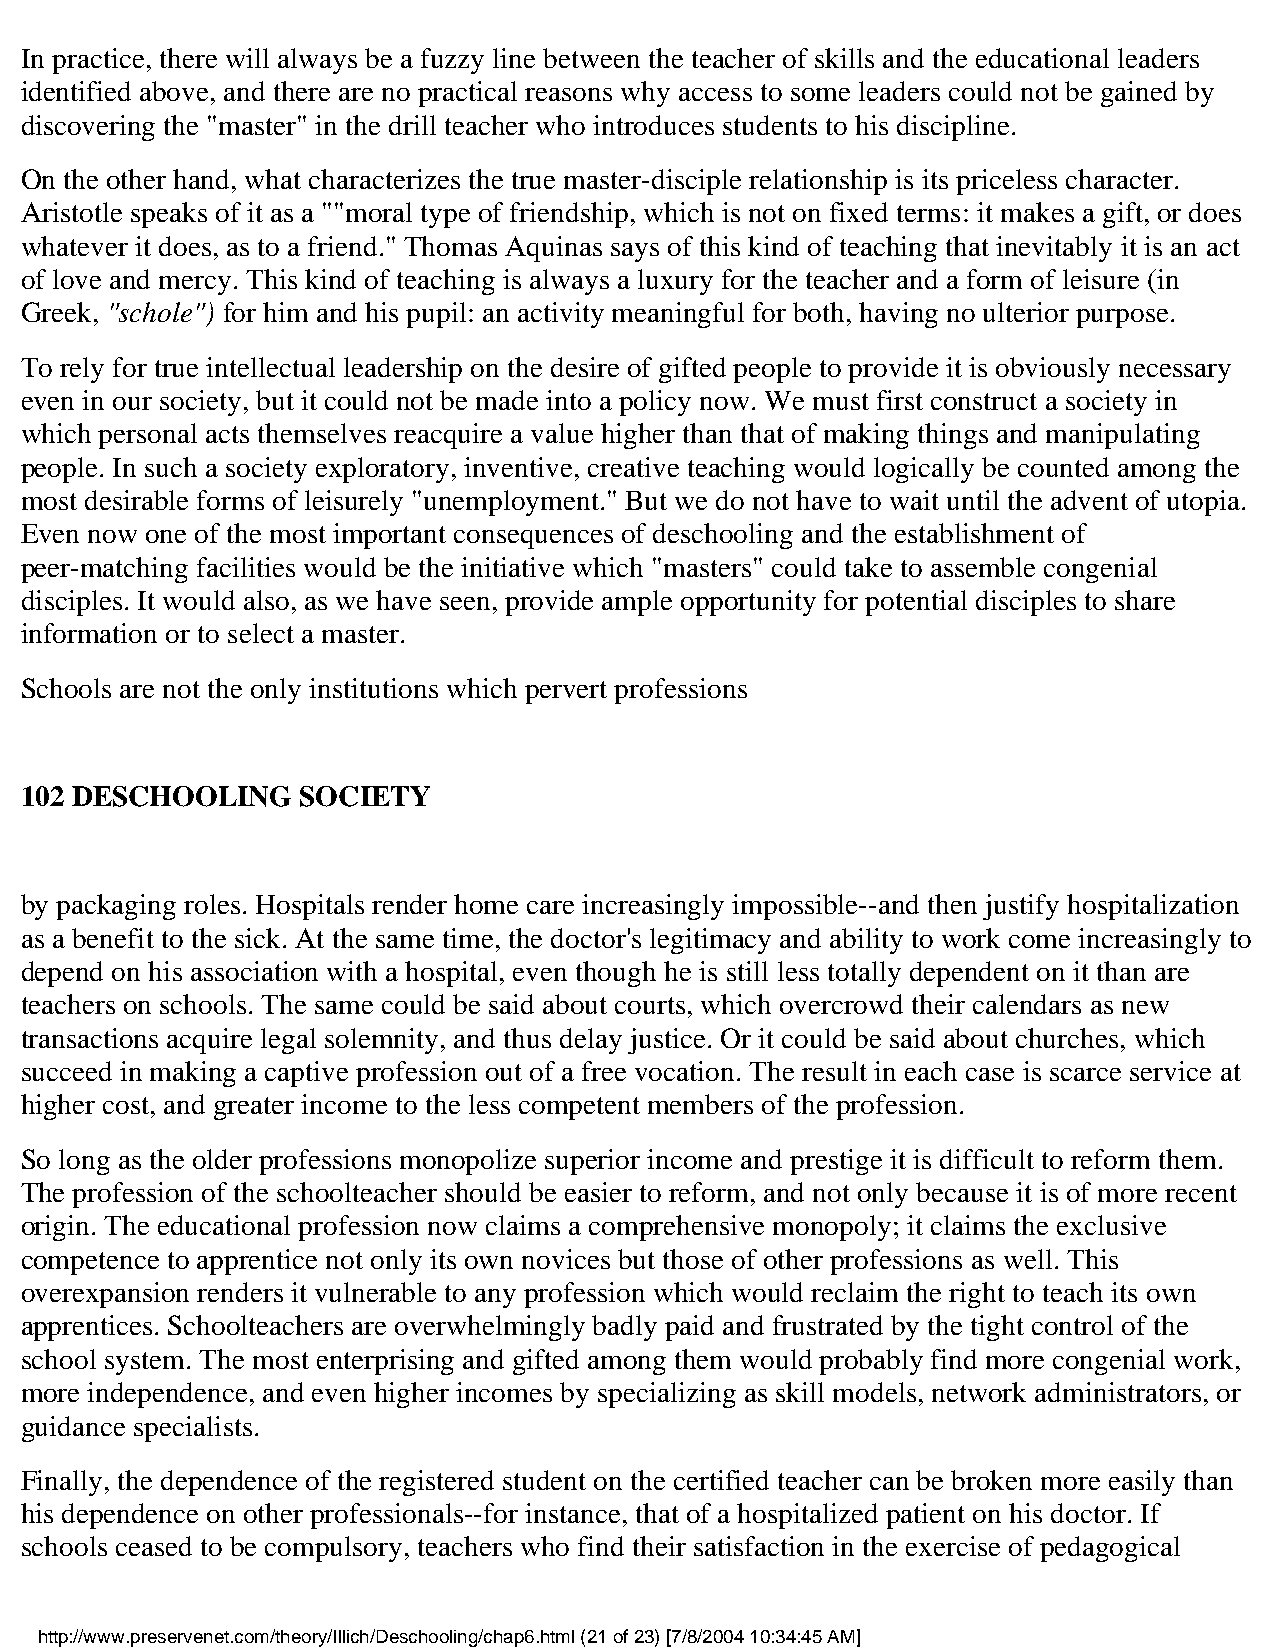
In practice, there will always be a fuzzy line between the teacher of skills and the educational leaders
 identified above, and there are no practical reasons why access to some leaders could not be gained by
 discovering the "master" in the drill teacher who introduces students to his discipline.
 On the other hand, what characterizes the true master-disciple relationship is its priceless character.
 Aristotle speaks of it as a ""moral type of friendship, which is not on fixed terms: it makes a gift, or does
 whatever it does, as to a friend." Thomas Aquinas says of this kind of teaching that inevitably it is an act
 of love and mercy. This kind of teaching is always a luxury for the teacher and a form of leisure (in
 Greek, "schole") for him and his pupil: an activity meaningful for both, having no ulterior purpose.
 To rely for true intellectual leadership on the desire of gifted people to provide it is obviously necessary
 even in our society, but it could not be made into a policy now. We must first construct a society in
 which personal acts themselves reacquire a value higher than that of making things and manipulating
 people. In such a society exploratory, inventive, creative teaching would logically be counted among the
 most desirable forms of leisurely "unemployment." But we do not have to wait until the advent of utopia.
 Even now one of the most important consequences of deschooling and the establishment of
 peer-matching facilities would be the initiative which "masters" could take to assemble congenial
 disciples. It would also, as we have seen, provide ample opportunity for potential disciples to share
 information or to select a master.
 Schools are not the only institutions which pervert professions
 102 DESCHOOLING    SOCIETY
 by packaging roles. Hospitals render home care increasingly impossible--and then justify hospitalization
 as a benefit to the sick. At the same time, the doctor's legitimacy and ability to work come increasingly to
 depend on his association with a hospital, even though he is still less totally dependent on it than are
 teachers on schools. The same could be said about courts, which overcrowd their calendars as new
 transactions acquire legal solemnity, and thus delay justice. Or it could be said about churches, which
 succeed in making a captive profession out of a free vocation. The result in each case is scarce service at
 higher cost, and greater income to the less competent members of the profession.
 So long as the older professions monopolize superior income and prestige it is difficult to reform them.
 The profession of the schoolteacher should be easier to reform, and not only because it is of more recent
 origin. The educational profession now claims a comprehensive monopoly; it claims the exclusive
 competence to apprentice not only its own novices but those of other professions as well. This
 overexpansion renders it vulnerable to any profession which would reclaim the right to teach its own
 apprentices. Schoolteachers are overwhelmingly badly paid and frustrated by the tight control of the
 school system. The most enterprising and gifted among them would probably find more congenial work,
 more independence, and even higher incomes by specializing as skill models, network administrators, or
 guidance specialists.
 Finally, the dependence of the registered student on the certified teacher can be broken more easily than
 his dependence on other professionals--for instance, that of a hospitalized patient on his doctor. If
 schools ceased to be compulsory, teachers who find their satisfaction in the exercise of pedagogical
 http://www.preservenet.com/theory/Illich/Deschooling/chap6.html (21 of 23) [7/8/2004 10:34:45 AM]